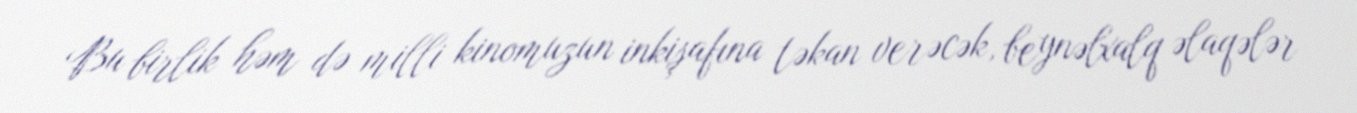
Bu birlik həm də milli kinomuzun inkişafına təkan verəcək, beynəlxalq əlaqələr